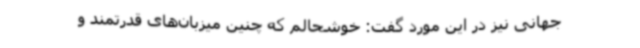
جهانی نیز در این مورد گفت: خوشحالم‌ که‌ چنین میزبان‌های قدرتمند و